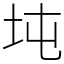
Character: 坉